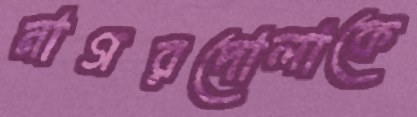
নাগরদোলাকে